Lunatic asylums Punjab 1881-1894 - 1881-1894
Year: 1881
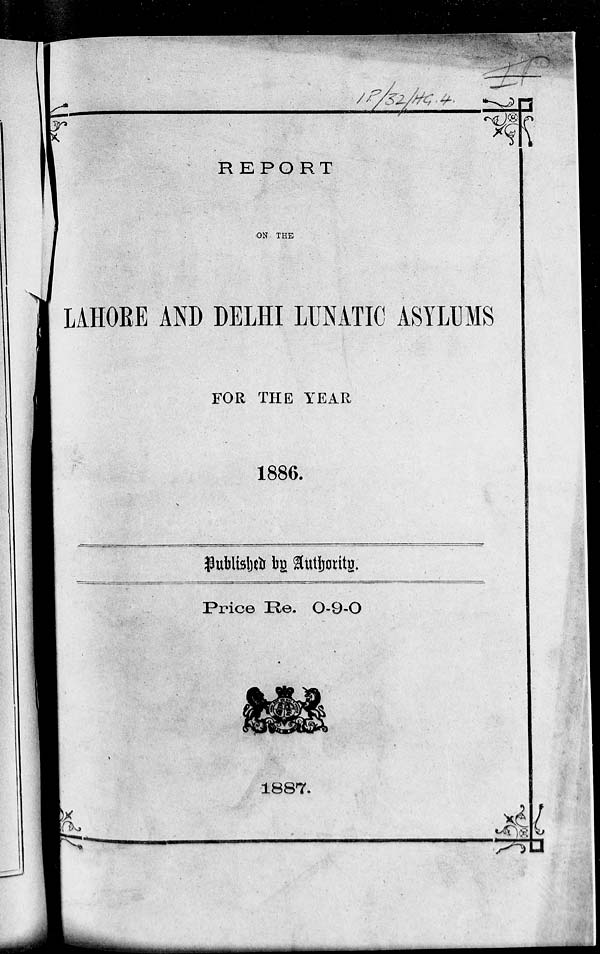
REPORT
ON THE
LAHORE AND DELHI LUNATIC ASYLUMS
FOR THE YEAR
1886.
Published by Authority.
Price Re. 0-9-0
1887.